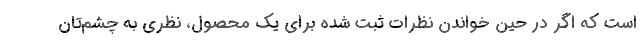
است که اگر در حین خواندن نظرات ثبت شده برای یک محصول، نظری به چشم‌تان